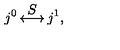
j ^ { 0 } \mathop { \longleftrightarrow } ^ { \displaystyle S } j ^ { 1 } ,